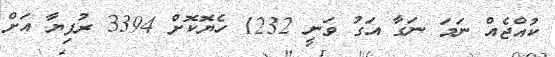
ކުއްޖެއް ނަމަ ނަގާ އަގު ވަނީ 1232 ހެޔޮކޮށް 3394 ރުފިޔާ އަށް